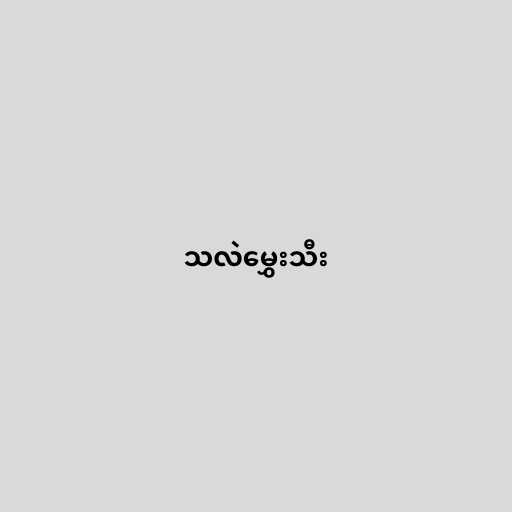
သလဲမွှေးသီး